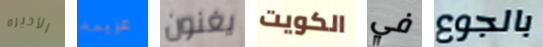
الأخيره عزيمة يغنون الكويت في بالجوع